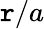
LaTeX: \mathtt{r}/a